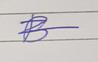
Signature authenticity: genuine